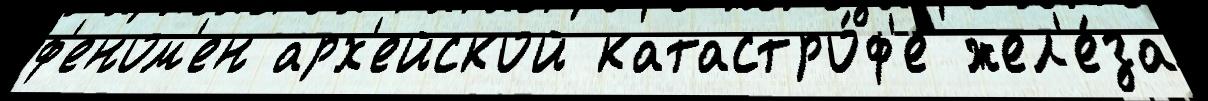
ф'еном'ен арх'ейской катастро́ф'е жел'е́за